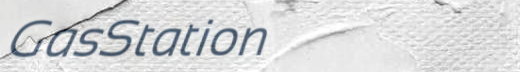
GasStation